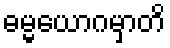
ဓမ္မယောဂမှာတိ